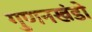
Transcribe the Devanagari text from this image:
गुणनखंडो